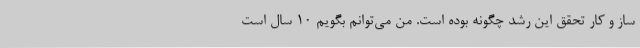
ساز و کار تحقق این رشد چگونه بوده است. من می‌توانم بگویم ۱۰ سال است